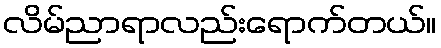
လိမ်ညာရာလည်းရောက်တယ်။